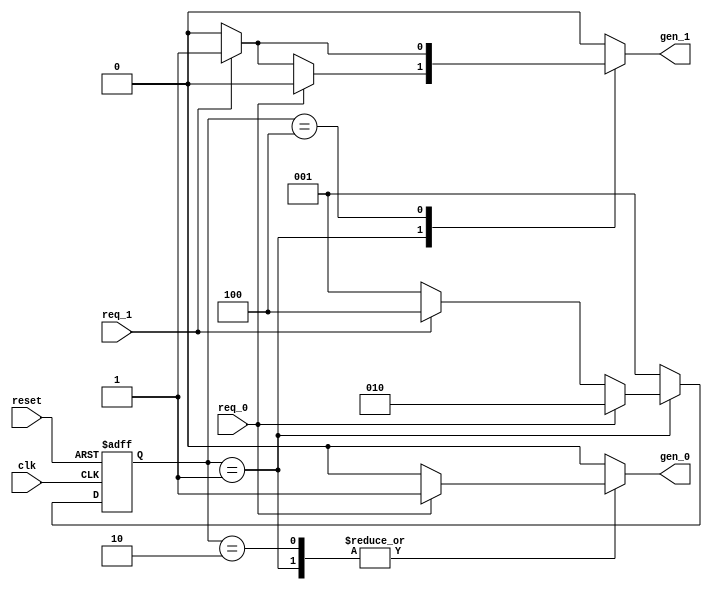

module FSM(clk, reset, req_0, req_1, gen_0, gen_1);

input clk, reset, req_0, req_1;
output reg gen_0, gen_1;


parameter IDLE = 3'b001, GEN0 = 3'b010, GEN1 = 3'b100;
reg [2:0] state, next_state;

always @ (posedge clk or posedge reset)
begin
  if(reset) begin
    state <= IDLE;
  end
  else begin
    state <= next_state;
  end
end

always @ (state or req_0 or req_1)
begin
    next_state = IDLE;
    gen_0 = 0;
    gen_1 = 0;
  case (state)
    IDLE : if(req_0) begin
        gen_0 = 1;
        next_state = GEN0;
        end
        else if(req_1) begin
        gen_1 = 1;
        next_state = GEN1;
        end
        else begin
        next_state = IDLE;
        end
    GEN0 : if(req_0) begin
        gen_0 = 1;
        end
        else begin
        next_state = IDLE;
        end 
    GEN1 : if(req_1) begin
        gen_1 = 1;
        end
        else begin
        next_state = IDLE;
        end
    endcase
end
endmodule